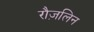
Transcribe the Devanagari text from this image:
रौज़लिन